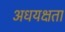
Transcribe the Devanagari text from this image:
अधयक्षता